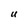
Character: U